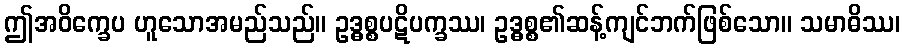
ဤအဝိက္ခေပ ဟူသောအမည်သည်။ ဥဒ္ဓစ္စပဋိပက္ခဿ၊ ဥဒ္ဓစ္စ၏ဆန့်ကျင်ဘက်ဖြစ်သော။ သမာဓိဿ၊